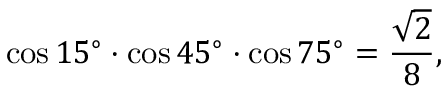
\cos 1 5 ^ { \circ } \cdot \cos 4 5 ^ { \circ } \cdot \cos 7 5 ^ { \circ } = { \frac { \sqrt { 2 } } { 8 } } ,